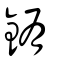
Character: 銪